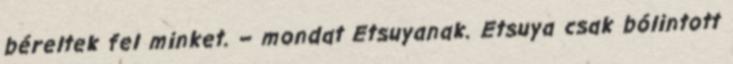
béreltek fel minket. – mondat Etsuyanak. Etsuya csak bólintott